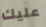
عليك